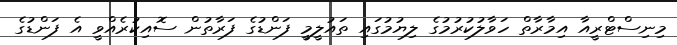
މިނިސްޓްރީއާ އިމާރާތް ހަވާލުކުރުމުގެ ލިޔުމުގައި ތައުލީމީ ފަންޑުގެ ފަރާތުން ސޮއިކުރެއްވީ އެ ފަންޑުގެ